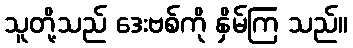
သူတို့သည် ဒေးဗစ်ကို နှိမ်ကြ သည်။